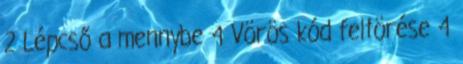
2 Lépcső a mennybe 4 Vörös kód feltörése 4